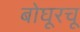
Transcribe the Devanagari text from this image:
बोघूरचू